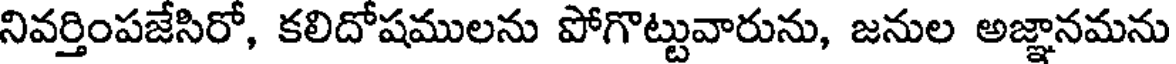
నివర్తింపజేసిరో, కలిదోషములను పోగొట్టువారును, జనుల అజ్ఞానమను